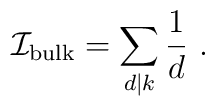
{\cal I}_{\rm bulk}=\sum_{d|k} \frac{1}{d}\ .